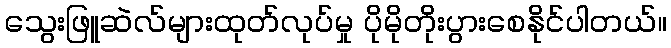
သွေးဖြူဆဲလ်များထုတ်လုပ်မှု ပိုမိုတိုးပွားစေနိုင်ပါတယ်။